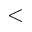
<